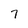
Character: 7